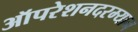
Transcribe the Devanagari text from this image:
ऑपरेशनदरम्यान